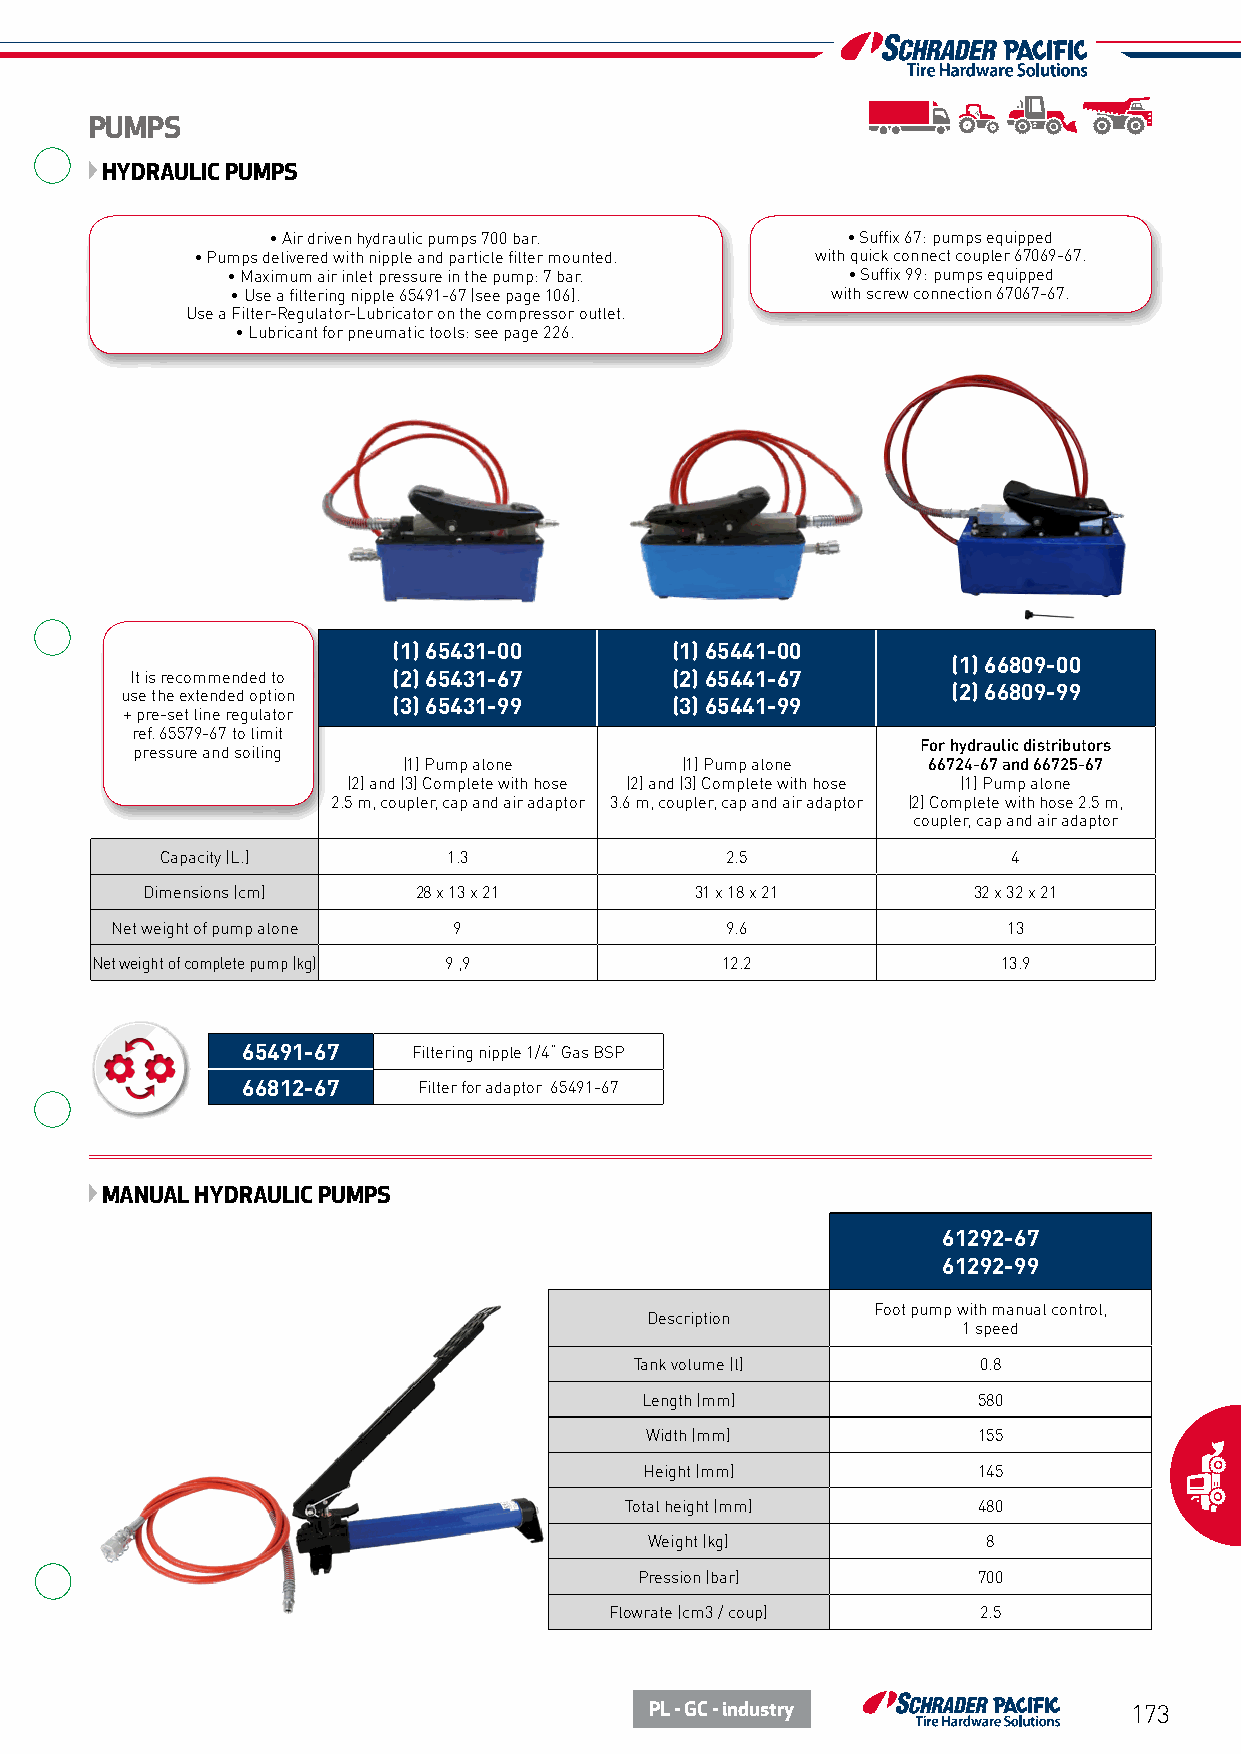
PUMPS
 HYDRAULIC PUMPS
 • Air driven hydraulic pumps 700 bar. • Suffix 67: pumps equipped
 • Pumps delivered with nipple and particle filter mounted. with quick connect coupler 67069-67.
 • Maximum air inlet pressure in the pump: 7 bar. • Suffix 99: pumps equipped
 • Use a filtering nipple 65491-67 (see page 106). with screw connection 67067-67.
 Use a Filter-Regulator-Lubricator on the compressor outlet.
 • Lubricant for pneumatic tools: see page 226.
 (1) 65431-00      (1) 65441-00
 (1) 66809-00
 It is recommended to (2) 65431-67  (2) 65441-67
 use the extended option                                (2) 66809-99
 (3) 65431-99      (3) 65441-99
 + pre-set line regulator
 ref. 65579-67 to limit
 For hydraulic distributors
 pressure and soiling
 (1) Pump alone    (1) Pump alone  66724-67 and 66725-67
 (2) and (3) Complete with hose (2) and (3) Complete with hose (1) Pump alone
 2.5 m, coupler, cap and air adaptor 3.6 m, coupler, cap and air adaptor (2) Complete with hose 2.5 m,
 coupler, cap and air adaptor
 Capacity (L.)      1.3               2.5                4
 Dimensions (cm)    28 x 13 x 21      31 x 18 x 21      32 x 32 x 21
 Net weight of pump alone 9               9.6                13
 Net weight of complete pump (kg) 9 ,9     12.2              13.9
 65491-67   Filtering nipple 1/4“ Gas BSP
 66812-67    Filter for adaptor 65491-67
 MANUAL HYDRAULIC PUMPS
 61292-67
 61292-99
 Foot pump with manual control,
 Description
 1 speed
 Tank volume (l)        0.8
 Length (mm)            580
 Width (mm)            155
 Height (mm)           145
 Total height (mm)       480
 Weight (kg)           8
 Pression (bar)         700
 Flowrate (cm3 / coup)    2.5
 PL - GC - industry              173